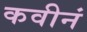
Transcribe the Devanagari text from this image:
कवीनं